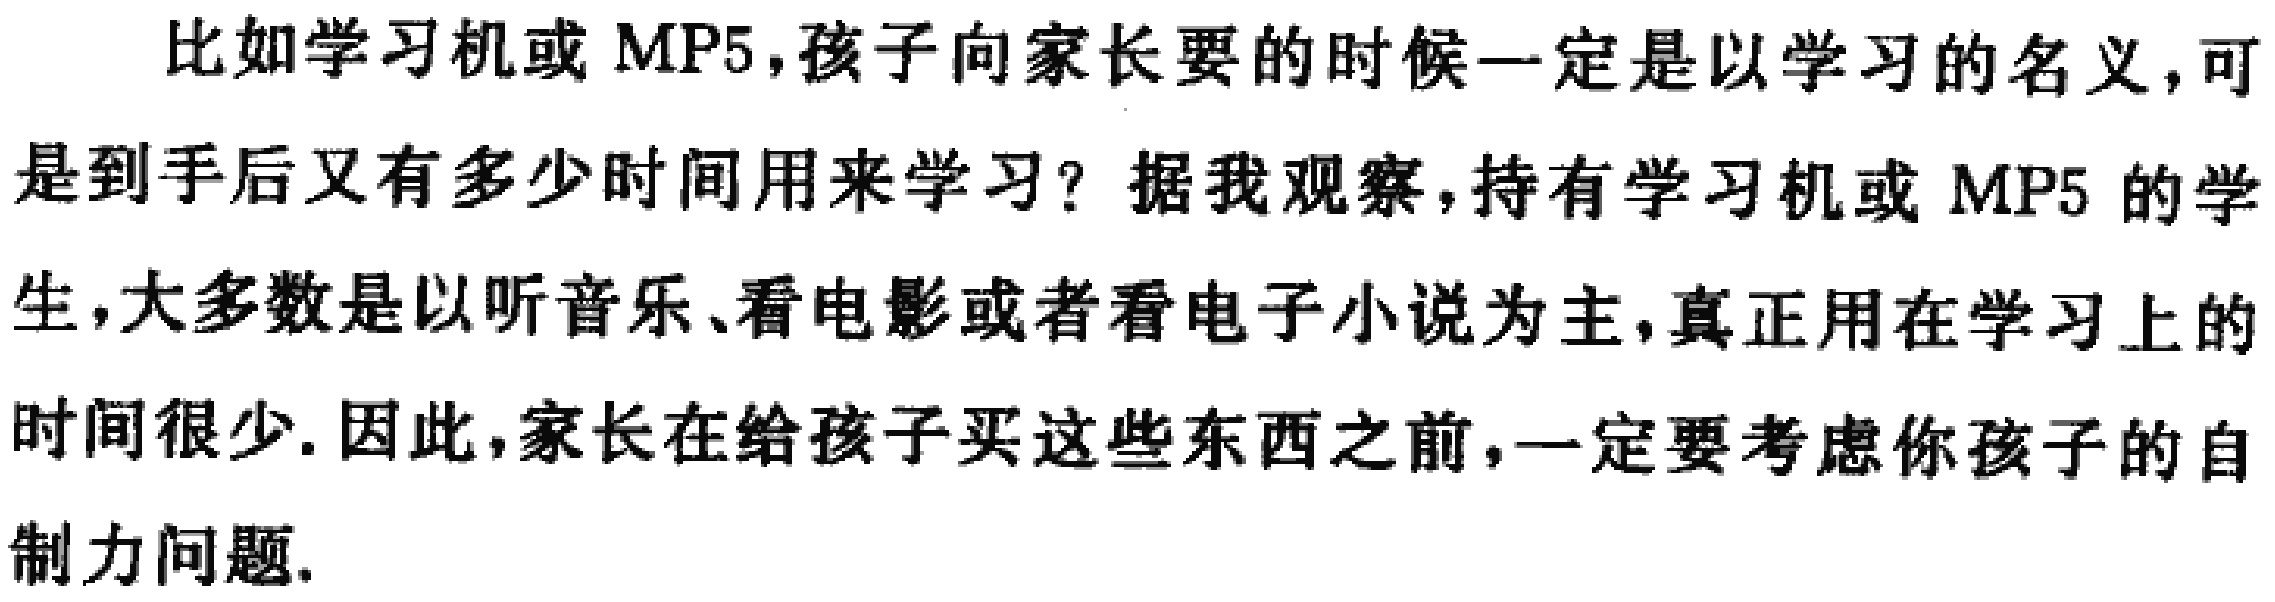
比如学习机或 MP5,孩子向家长要的时候一定是以学习的名义,可是到手后又有多少时间用来学习？据我观察,持有学习机或 MP5 的学生,大多数是以听音乐、看电影或者看电子小说为主,真正用在学习上的时间很少. 因此,家长在给孩子买这些东西之前,一定要考虑你孩子的自制力问题.